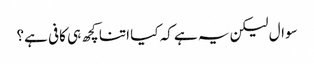
سوال لیکن یہ ہے کہ کیا اتنا کچھ ہی کافی ہے؟